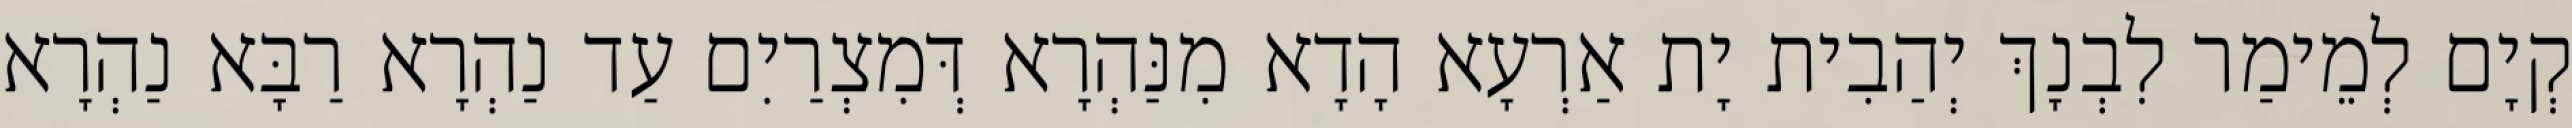
קְיָם לְמֵימַר לִבְנָךְ יְהַבִית יָת אַרְעָא הָדָא מִנַּהְרָא דְּמִצְרַיִם עַד נַהְרָא רַבָּא נַהְרָא